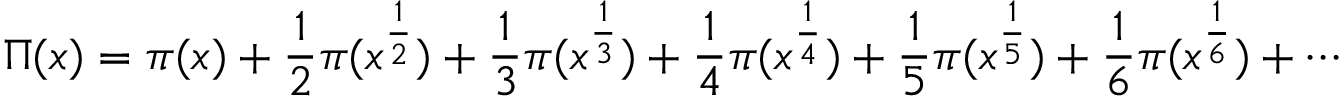
\Pi ( x ) = \pi ( x ) + { \frac { 1 } { 2 } } \pi ( x ^ { \frac { 1 } { 2 } } ) + { \frac { 1 } { 3 } } \pi ( x ^ { \frac { 1 } { 3 } } ) + { \frac { 1 } { 4 } } \pi ( x ^ { \frac { 1 } { 4 } } ) + { \frac { 1 } { 5 } } \pi ( x ^ { \frac { 1 } { 5 } } ) + { \frac { 1 } { 6 } } \pi ( x ^ { \frac { 1 } { 6 } } ) + \cdots